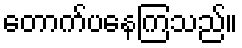
တောက်ပနေကြသည်။